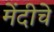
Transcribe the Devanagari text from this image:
मेंदीचे